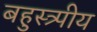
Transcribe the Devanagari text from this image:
बहुस्त्र्पीय